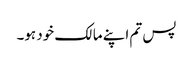
پس تم اپنے مالک خود ہو۔